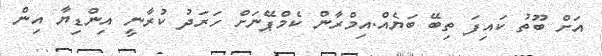
އަށް ބޫތު ކައިފަ ތިބޭ ބަޔެއް.އިމްރާން ކެމްޕޭނަށް ހަރަދު ކުރާނީ އިންޑިޔާ އިން